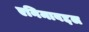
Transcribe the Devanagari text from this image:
एनिमाबद्दल